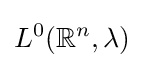
L^{0}(\mathbb {R} ^{n},\lambda )